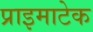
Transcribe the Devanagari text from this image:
प्राइमाटेक